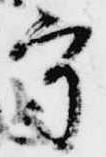
守